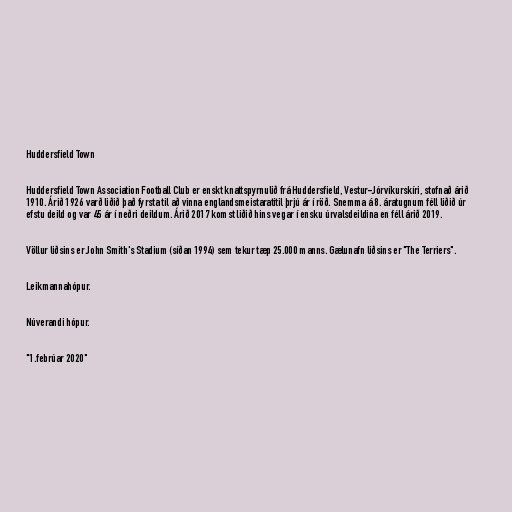
Huddersfield Town

Huddersfield Town Association Football Club er enskt knattspyrnulið frá Huddersfield, Vestur-Jórvíkurskíri, stofnað árið
1910. Árið 1926 varð liðið það fyrsta til að vinna englandsmeistaratitil þrjú ár í röð. Snemma á 8. áratugnum féll liðið úr
efstu deild og var 45 ár í neðri deildum. Árið 2017 komst liðið hins vegar í ensku úrvalsdeildina en féll árið 2019.

Völlur liðsins er John Smith's Stadium (síðan 1994) sem tekur tæp 25.000 manns. Gælunafn liðsins er "The Terriers".

Leikmannahópur.

Núverandi hópur.

"1.febrúar 2020"